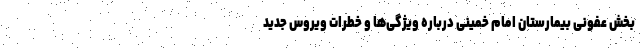
بخش عفونی بیمارستان امام خمینی درباره ویژگی‌ها و خطرات ویروس جدید